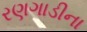
રણગાડીના